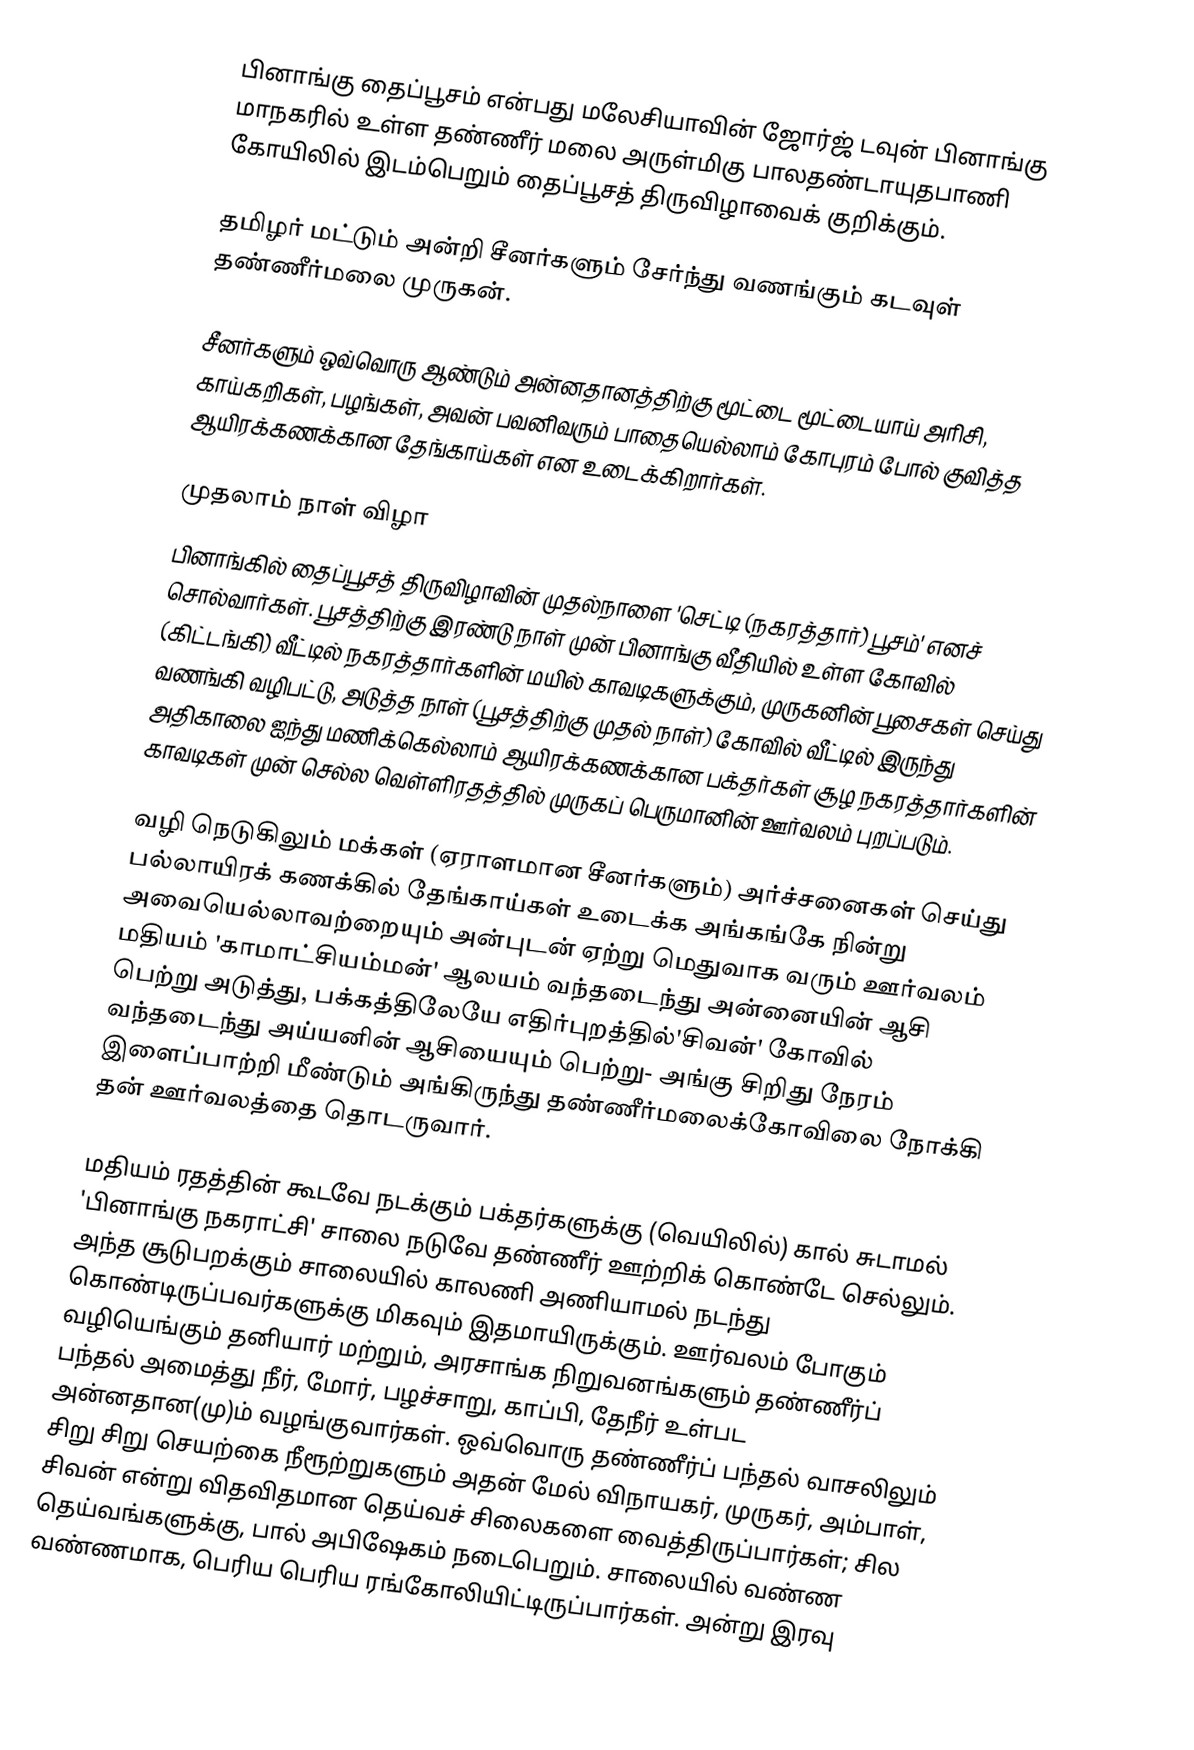
பினாங்கு தைப்பூசம் என்பது மலேசியாவின் ஜோர்ஜ் டவுன் பினாங்கு மாநகரில் உள்ள தண்ணீர் மலை அருள்மிகு பாலதண்டாயுதபாணி கோயிலில் இடம்பெறும் தைப்பூசத் திருவிழாவைக் குறிக்கும்.

தமிழர் மட்டும் அன்றி சீனர்களும் சேர்ந்து வணங்கும் கடவுள் தண்ணீர்மலை முருகன்.

சீனர்களும் ஒவ்வொரு ஆண்டும் அன்னதானத்திற்கு மூட்டை மூட்டையாய் அரிசி, காய்கறிகள், பழங்கள், அவன் பவனிவரும் பாதையெல்லாம் கோபுரம் போல் குவித்த ஆயிரக்கணக்கான தேங்காய்கள் என உடைக்கிறார்கள்.

முதலாம் நாள் விழா
பினாங்கில் தைப்பூசத் திருவிழாவின் முதல்நாளை 'செட்டி (நகரத்தார்) பூசம்' எனச் சொல்வார்கள். பூசத்திற்கு இரண்டு நாள் முன் பினாங்கு வீதியில் உள்ள கோவில் (கிட்டங்கி) வீட்டில் நகரத்தார்களின் மயில் காவடிகளுக்கும், முருகனின் பூசைகள் செய்து வணங்கி வழிபட்டு, அடுத்த நாள் (பூசத்திற்கு முதல் நாள்) கோவில் வீட்டில் இருந்து அதிகாலை ஐந்து மணிக்கெல்லாம் ஆயிரக்கணக்கான பக்தர்கள் சூழ நகரத்தார்களின் காவடிகள் முன் செல்ல வெள்ளிரதத்தில் முருகப் பெருமானின் ஊர்வலம் புறப்படும்.

வழி நெடுகிலும் மக்கள் (ஏராளமான சீனர்களும்) அர்ச்சனைகள் செய்து பல்லாயிரக் கணக்கில் தேங்காய்கள் உடைக்க அங்கங்கே நின்று அவையெல்லாவற்றையும் அன்புடன் ஏற்று மெதுவாக வரும் ஊர்வலம் மதியம் 'காமாட்சியம்மன்' ஆலயம் வந்தடைந்து அன்னையின் ஆசி பெற்று அடுத்து, பக்கத்திலேயே எதிர்புறத்தில்'சிவன்' கோவில் வந்தடைந்து அய்யனின் ஆசியையும் பெற்று- அங்கு சிறிது நேரம் இளைப்பாற்றி மீண்டும் அங்கிருந்து தண்ணீர்மலைக்கோவிலை நோக்கி தன் ஊர்வலத்தை தொடருவார்.

மதியம் ரதத்தின் கூடவே நடக்கும் பக்தர்களுக்கு (வெயிலில்) கால் சுடாமல் 'பினாங்கு நகராட்சி' சாலை நடுவே தண்ணீர் ஊற்றிக் கொண்டே செல்லும். அந்த சூடுபறக்கும் சாலையில் காலணி அணியாமல் நடந்து கொண்டிருப்பவர்களுக்கு மிகவும் இதமாயிருக்கும். ஊர்வலம் போகும் வழியெங்கும் தனியார் மற்றும், அரசாங்க நிறுவனங்களும் தண்ணீர்ப் பந்தல் அமைத்து நீர், மோர், பழச்சாறு, காப்பி, தேநீர் உள்பட அன்னதான(மு)ம் வழங்குவார்கள். ஒவ்வொரு தண்ணீர்ப் பந்தல் வாசலிலும் சிறு சிறு செயற்கை நீரூற்றுகளும் அதன் மேல் விநாயகர், முருகர், அம்பாள், சிவன் என்று விதவிதமான தெய்வச் சிலைகளை வைத்திருப்பார்கள்; சில தெய்வங்களுக்கு, பால் அபிஷேகம் நடைபெறும். சாலையில் வண்ண வண்ணமாக, பெரிய பெரிய ரங்கோலியிட்டிருப்பார்கள். அன்று இரவு